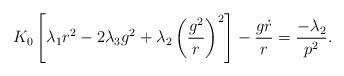
LaTeX: \begin{align*}K_{0}\left[ \lambda _{1}r^{2}-2\lambda _{3}g^{2}+\lambda _{2}\left( \frac{g^{2}}{r}\right) ^{2}\right] -\frac{g\dot{r}}{r}=\frac{-\lambda _{2}}{p^{2}}.\end{align*}